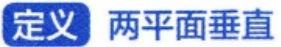
定义 两平面垂直